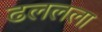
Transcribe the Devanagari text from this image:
ढललला